Indian journal of veterinary science and animal husbandry - Volume 8,
Year: 1938
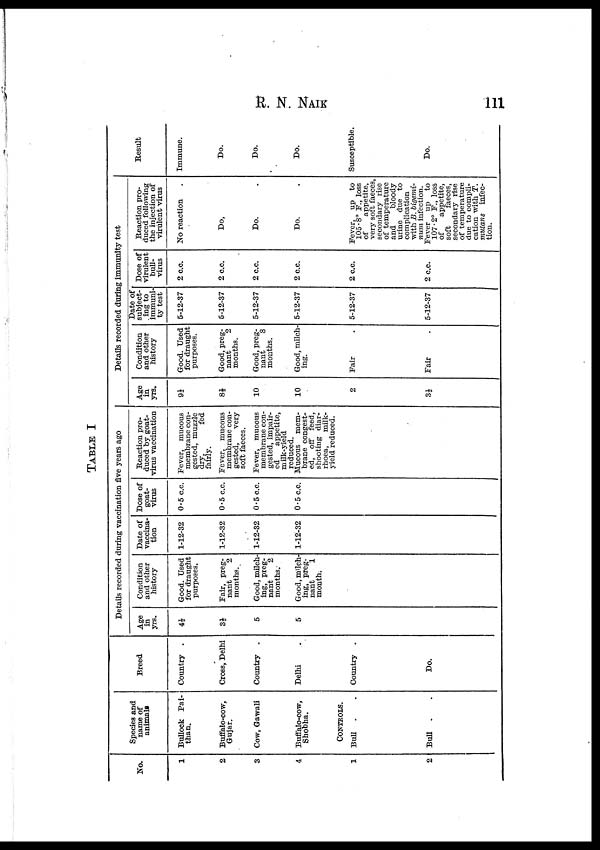
R. N.
NAIK
111
TABLE I
No.
1
2
3
4
1
2
Species and
name of
animals
Bullock Pai-
than.
Buffalo-cow,
Gujar.
Cow, Gawali
Buffalo-cow,
Shobha.
CONTROLS
Bull
.
Bull
.
Breed
Country .
Cross, Delhi
Country .
Delhi
Country .
Do.
Details recorded during vaccination five years ago
Age
in
yrs.
4½
3½
5
5
Condition
and other
history
Good. Used
for draught
purposes.
Fair, preg-
nant
2
months.
Good, milch-
ing, preg-
nant
2
months.
Good, milch-
ing, preg-
nant
1
month.
Date of
vaccina-
tion
1-12-32
1-12-32
1-12-32
1-12-32
Dose of
goat-
virus
0.5 c.c.
0.5 c.c.
0.5 c.c.
0.5 c.c.
Reaction pro-
duced by goat-
virus vaccination
Fever, mucous
membrane con-
gested, muzzle
dry,
fed
fairly.
Fever, mucous
membrane con-
gested,
very
soft faeces.
Fever, mucous
membrane con-
gested, impair-
ed
appetite,
milk-yield
reduced.
Mucous
mem-
brane congest-
ed, off feed,
shooting diar-
rhoea,
milk-
yield reduced.
Details recorded during immunity test
Age
in
yrs.
9½
8½
10
10
2
3½
Condition
and other
history
Good. Used
for draught
purposes.
Good, preg-
nant
2
months.
Good, preg-
nant
8
months.
Good, milch-
ing.
Fair
Fair
Date of
subject-
ing to
immuni-
ty test
5-12-37
5-12-37
5-12-37
5-12-37
5-12-37
5-12-37
Dose of
virulent
bull-
virus
2 c.c.
2 c.c.
2 c.c.
2 c.c.
2 c.c.
2 c.c.
Reaction pro-
duced following
the injection of
virulent virus
No reaction
Do,
Do.
Do.
Fever, up to
105.8° F., loss
of
appetite,
very soft faeces,
secondary rise
of temperature
and
bloody
urine due to
complication
with B. bigemi-
num infection.
Fever up to
107.2° F., loss
of
appetite,
soft
faeces,
secondary rise
of temperature
due to compli-
cation with T.
mutans
infec-
tion.
Result
Immune.
Do.
Do.
Do.
Susceptible.
Do.